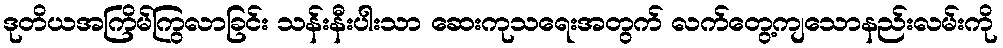
ဒုတိယအကြိမ်ကြွလာခြင်း သန်းနီးပါးသာ ဆေးကုသရေးအတွက် လက်တွေ့ကျသောနည်းလမ်းကို